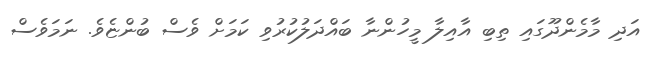
އަދި މާމެންދޫގައި ތިބި އާއިލާ މީހުންނާ ބައްދަލުކުރުވި ކަމަށް ވެސް ބުންޏެވެ. ނަމަވެސް